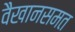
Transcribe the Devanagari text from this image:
वैखानसमत